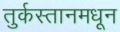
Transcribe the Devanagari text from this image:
तुर्कस्तानमधून